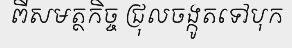
ពីសមត្ថកិច្ច ជ្រុលចង្កូតទៅបុក